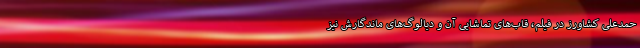
حمدعلی کشاورز در فیلم، قاب‌های تماشایی آن و دیالوگ‌های ماندگارش نیز